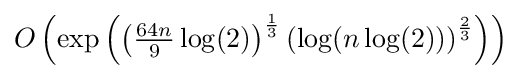
O\left(\exp \left(\left({\tfrac {64n}{9}}\log(2)\right)^{\frac {1}{3}}\left(\log(n\log(2))\right)^{\frac {2}{3}}\right)\right)